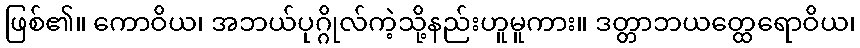
ဖြစ်၏။ ကောဝိယ၊ အဘယ်ပုဂ္ဂိုလ်ကဲ့သို့နည်းဟူမူကား။ ဒတ္တာဘယတ္ထေရောဝိယ၊